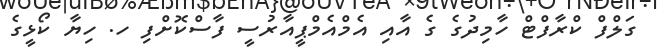
ގަލްފް ކްރާފްޓް ހާމިދުގެ ގެ އާއި އެމްއެމްޕީއާރުސީ ފާސްކޮށްފި ހ. ހިޔާ ކޯޅީގެ